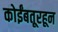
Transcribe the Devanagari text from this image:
कोईंबतूरहून